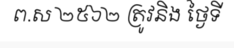
ព.ស ២៥៦២ ត្រូវនិង ថ្ងៃទី